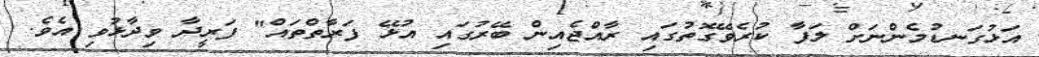
އަޅުގަނޑުމެންނަށް ލަފާ ކުރެވޭގޮތުގައި ރާއްޖެއިން ބޭރުގައި އުޅޭ ފަރާތްތައް" ފަރީދާ ވިދާޅުވި އެވެ.